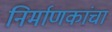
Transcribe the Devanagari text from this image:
निर्माणकांचा